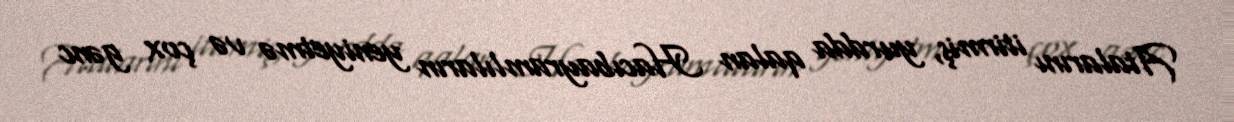
Atalarını itirmiş, yurdda qalan Hacıbayramlıların yeniyetmə və çox gənc